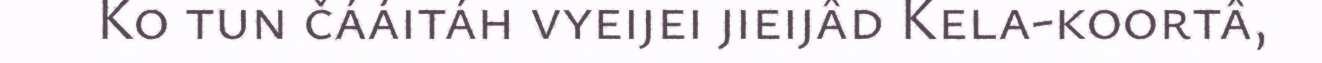
Ko tun čááitáh vyeijei jieijâd Kela-koortâ,